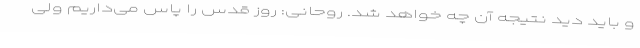
و باید دید نتیجه آن چه خواهد شد. روحانی: روز قدس را پاس می‌داریم ولی